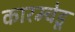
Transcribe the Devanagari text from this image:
कारम्चेडू